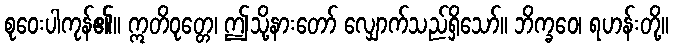
စုဝေးပါကုန်၏။ ဣတိဝုတ္တေ၊ ဤသို့နားတော် လျှောက်သည်ရှိသော်။ ဘိက္ခဝေ၊ ရဟန်းတို့။